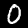
Label: 0